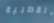
القطبية